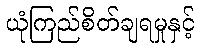
ယုံကြည်စိတ်ချရမှုနှင့်